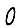
Digit: 0